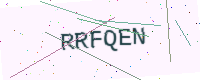
Text: RRFQEN